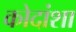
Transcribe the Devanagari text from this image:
कोदांशा